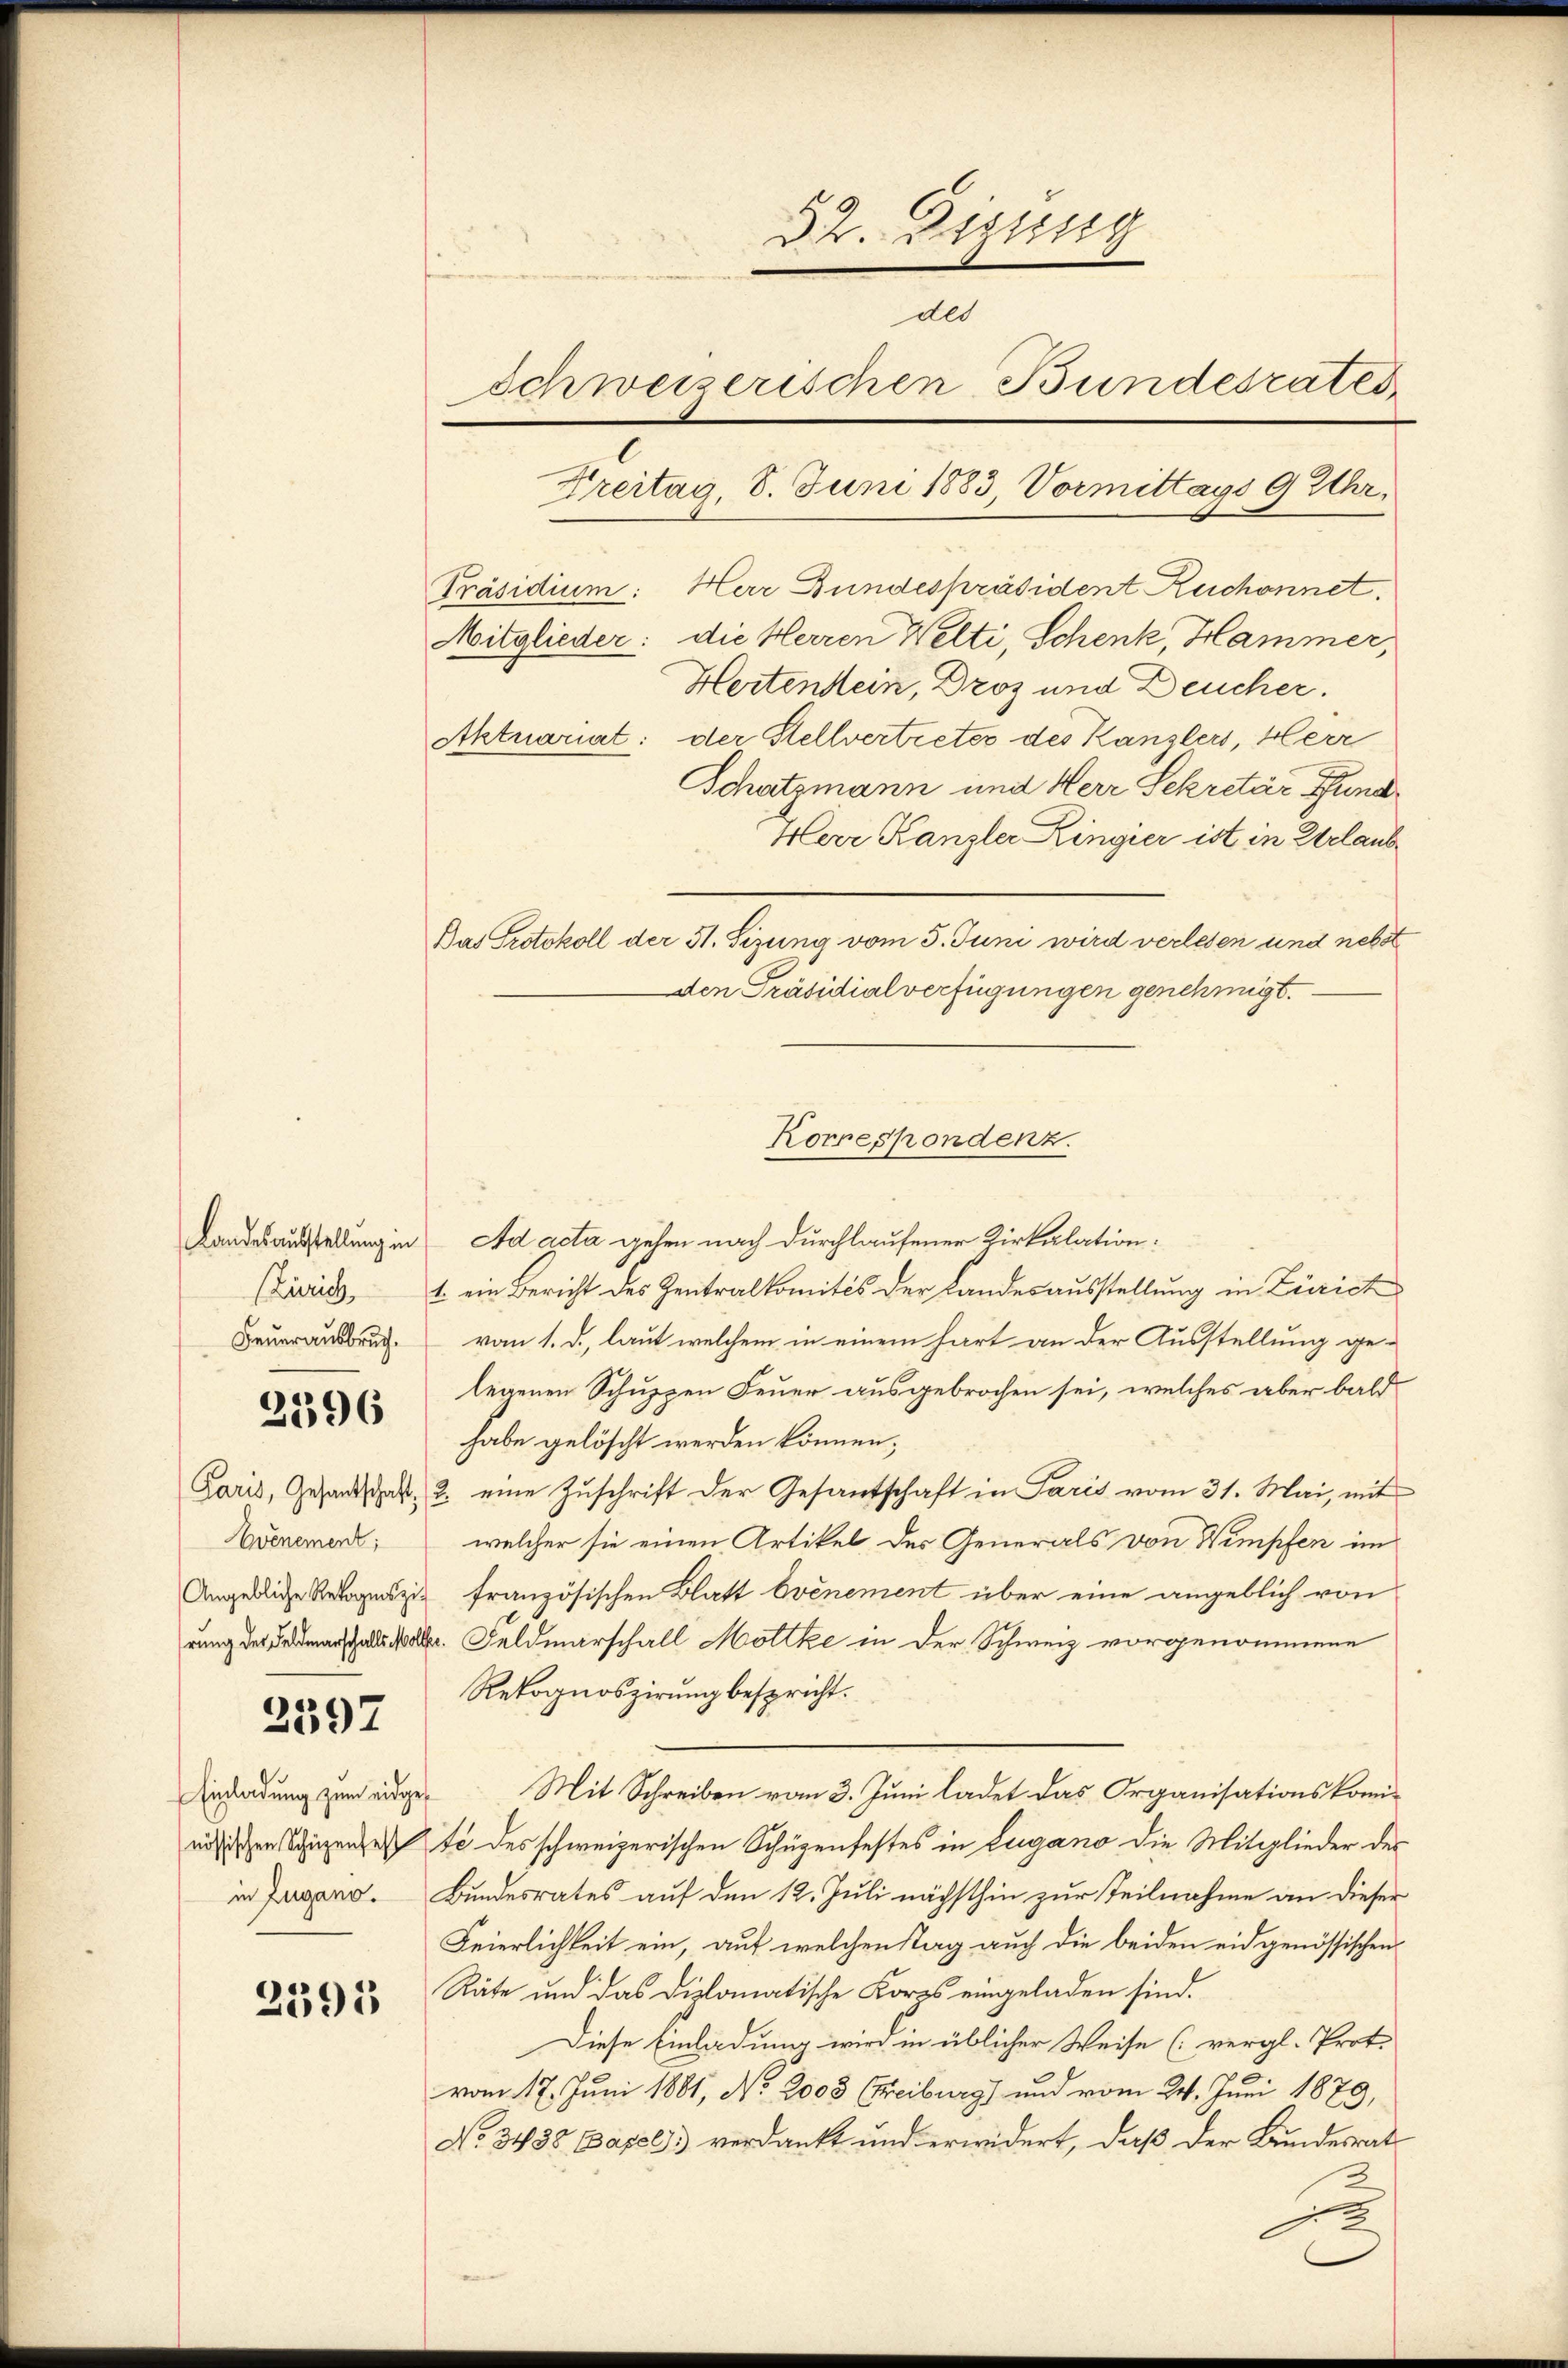
2596

2597

2395

32. Digung
des
Schweizerischen Bundesrates
Freitag, 8. Juni 1883, Vormittags 9 Uhr.

Zürich
Feuerausbruch.

Avénement;

Einladung zum eidgein Zugano.

Präsidium: Herr Bundespräsident Ruchonnet.
Mitglieder: die Herren Welti, Schenk, Hammer,
Hertendein, Droz und Deucher.
Schatzmann und Herr Sekretär Fund¬
Herr Kanzler Ringier ist in Erlaub
Bas Protokoll der 51. Sizung vom 5. Juni wird verlesen und nebst
Den Präsidialverfügungen genehmigt.
Landesausstellung in Ad acta gehen nach durchlaufener Kirkalation.
1. ein Bericht des Zentralkomités der Landesausstellung in Zürich
vom 1. d. laut welchem in einem hart an der Ausstellung gelegenen Schuppen Feuer ausgebrochen sei, welches aber bald
habe gelöscht werden können,
Paris, Gesandtschaft, 2. eine Zuschrift der Gesantschaft in Paris vom 31. Mai, mit
welcher sie einen Artikel des Generals von Wimpfen im
Angebliche Rekognoszig französischen Blatt Evénement über eine angeblich von
rung der Feldmarschalls soll. Feldmarschall Mottke in der Schweiz vorgenommene
Rekognoszirung bespricht.
Mit Schreiben vom 3. Juni ladet das Organisationskominösischen Spizendete des schweizerischen Schüzenfestes in Lugano die Mitglieder des
Bundesrates auf den 12. Juli nächsthin zur Teilnahme an dieser
Feierlichkeit ein, auf welchenstag auch die beiden eidgenössischen
Räte und das Diplomatische Korps eingeladen sind.
Diese Einladung wird in üblicher Weise (vergl. Prot.
vom 17. Juni 1881, No. 2000 (Freiburg) und vom 24. Juni 1879,
No. 3438 Capel verdankt und erwidert, daß der Bundesrat
1

Aktuariat: der Stellvertreter des Kanzlers, Herr

Korrespondenz.